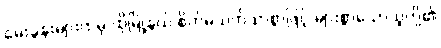
မေးခွန်းများထဲမှ ထိုမြို့နယ် စိတ်မသက်သာစွာဖြင့် များစွာသောသူတို့၏